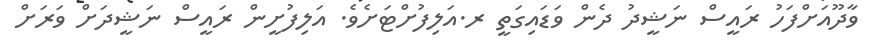
ވާދޫއަށްފަހު ރައީސް ނަޝީދު ދެން ވަޑައިގަތީ ރ.އަލިފުށްޓަށެވެ. އަލިފުށީން ރައީސް ނަޝީދަށް ވަރަށް